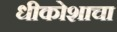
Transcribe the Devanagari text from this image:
धीकोशाचा